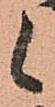
候